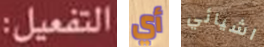
التفعيل: أي اشيائي